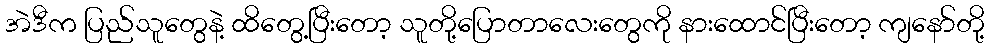
အဲဒီက ပြည်သူတွေနဲ့ ထိတွေ့ပြီးတော့ သူတို့ပြောတာလေးတွေကို နားထောင်ပြီးတော့ ကျနော်တို့